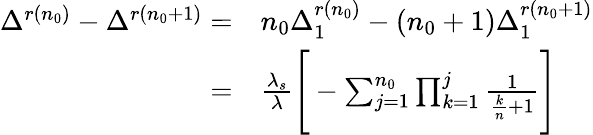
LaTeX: \begin{array}{rl}{\Delta^{r(n_{0})}-\Delta^{r(n_{0}+1)}=}&{n_{0}\Delta_{1}^{r(n_{0})}-(n_{0}+1)\Delta_{1}^{r(n_{0}+1)}}\\ {=}&{\frac{\lambda_{s}}{\lambda}\Bigg[-\sum_{j=1}^{n_{0}}\prod_{k=1}^{j}\frac{1}{\frac{k}{n}+1}\Bigg]}\end{array}